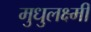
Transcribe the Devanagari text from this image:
मुधुलक्ष्मी